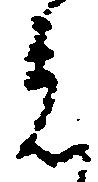
着